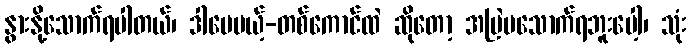
နွားနို့သောက်ရပါတယ်၊ ဒါပေမယ့်-တစ်ကောင်ထဲ ဆိုတော့ အမြဲမသောက်ရဘူးပေါ့၊ သုံး